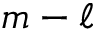
m - \ell